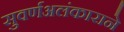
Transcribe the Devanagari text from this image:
सुवर्णअलंकाराने